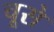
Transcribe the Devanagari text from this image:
चूसे